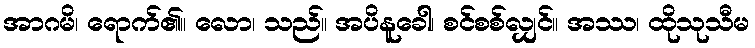
အာဂမိ၊ ရောက်၏။ လော၊ သည်။ အပိနူခေါ၊ စင်စစ်လျှင်။ အဿ၊ ထိုသုသီမ